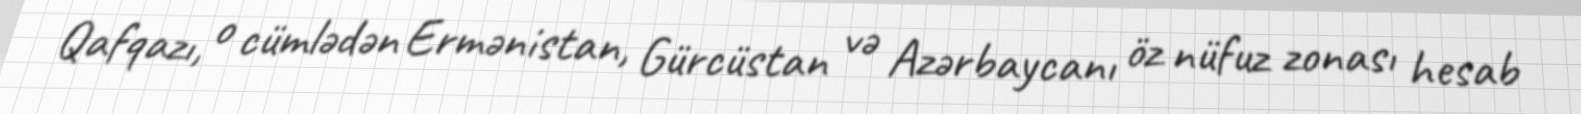
Qafqazı, o cümlədən Ermənistan, Gürcüstan və Azərbaycanı öz nüfuz zonası hesab